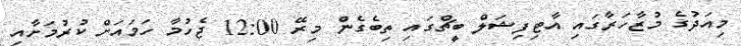
މިއަދުގެ މުޒާހަރާގައި އާޓިފިޝަލް ބީޗްގައި ތިބެގެން މިރޭ 12:00 ޖެހުމާ ހަމައަށް ކުރުމަށާއި